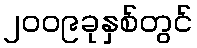
၂၀၀၉ခုနှစ်တွင်